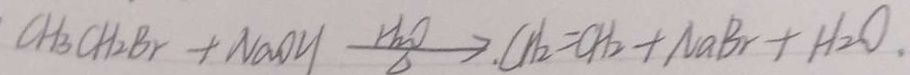
C H _ { 3 } C H _ { 2 } B r + N a O H \xrightarrow [ \Delta ] { H _ { 2 } O } . C H _ { 2 } = C H _ { 2 } + N a B r + H _ { 2 } O .